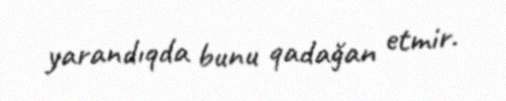
yarandıqda bunu qadağan etmir.